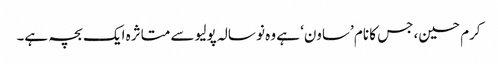
کرم حسین، جس کا نام ’ساون‘ ہے وہ نو سالہ پولیو سے متاثرہ ایک بچہ ہے۔